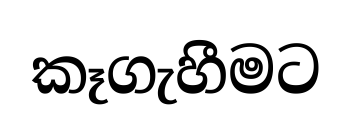
කෑගැහීමට